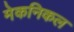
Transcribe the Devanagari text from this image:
मेकनिकल